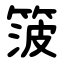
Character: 箥